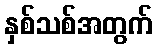
နှစ်သစ်အတွက်